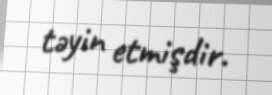
təyin etmişdir.